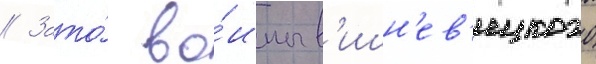
// Зато́ во́ины в'ишн'ев'ецкого